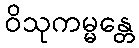
ဝိသုကမ္မန္တေ